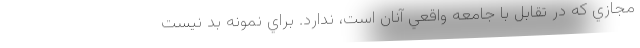
مجازي كه در تقابل با جامعه واقعي آنان است، ندارد. براي نمونه بد نيست